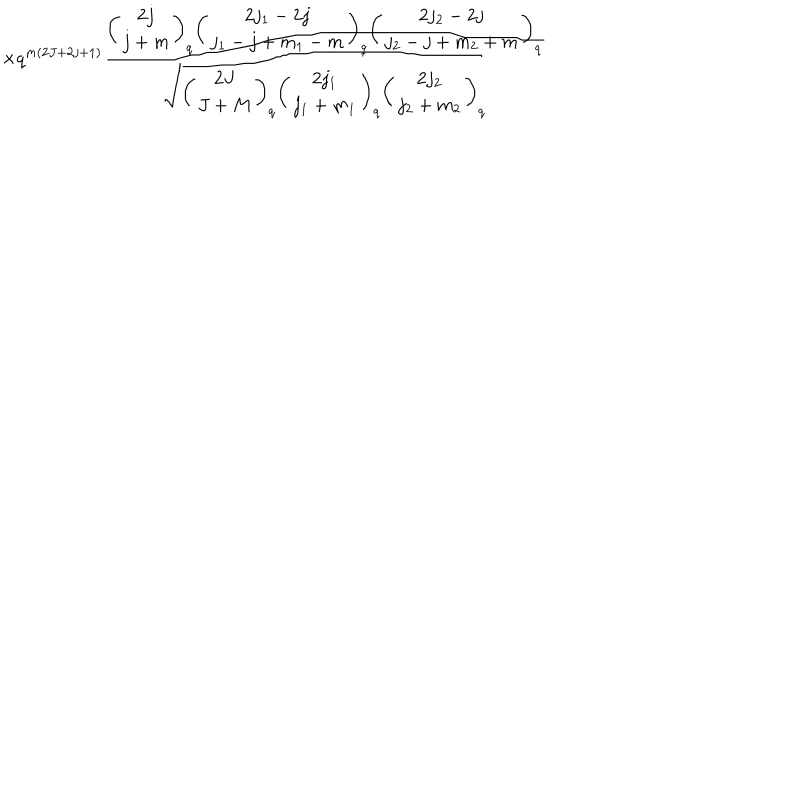
LaTeX: \times q ^ { m ( 2 J + 2 j + 1 ) } \frac { \left( \begin{array} { c } { { 2 j } } \\ { { j + m } } \\ \end{array} \right) _ { q } \left( \begin{array} { c } { { 2 j _ { 1 } - 2 j } } \\ { { j _ { 1 } - j + m _ { 1 } - m } } \\ \end{array} \right) _ { q } \left( \begin{array} { c } { { 2 j _ { 2 } - 2 j } } \\ { { j _ { 2 } - j + m _ { 2 } + m } } \\ \end{array} \right) _ { q } } { \sqrt { \left( \begin{array} { c } { { 2 J } } \\ { { J + M } } \\ \end{array} \right) _ { q } \left( \begin{array} { c } { { 2 j _ { 1 } } } \\ { { j _ { 1 } + m _ { 1 } } } \\ \end{array} \right) _ { q } \left( \begin{array} { c } { { 2 j _ { 2 } } } \\ { { j _ { 2 } + m _ { 2 } } } \\ \end{array} \right) _ { q } } }